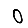
Digit: 0